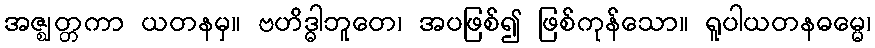
အဇ္ဈတ္တကာ ယတနမှ။ ဗဟိဒ္ဓါဘူတေ၊ အပဖြစ်၍ ဖြစ်ကုန်သော။ ရူပါယတနဓမ္မေ၊